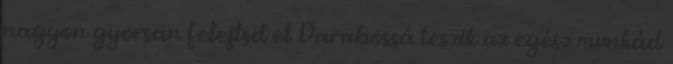
nagyon gyorsan felejtsd el Darabossá teszik az egész munkád